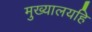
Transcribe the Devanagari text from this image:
मुख्यालयहि